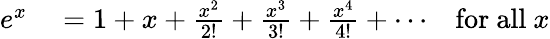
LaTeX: \begin{array}{rlr}{e^{x}}&{{}=1+x+{\frac{x^{2}}{2!}}+{\frac{x^{3}}{3!}}+{\frac{x^{4}}{4!}}+\dotsb}&{{\mathrm{for~all~}}x}\end{array}